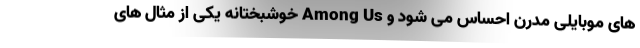
های موبایلی مدرن احساس می شود و Among Us خوشبختانه یکی از مثال های